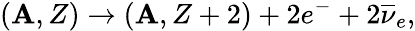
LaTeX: (\mathbf{A},Z)\rightarrow(\mathbf{A},Z+2)+2e^{-}+2{\overline{{{{\nu}}}}}_{e},